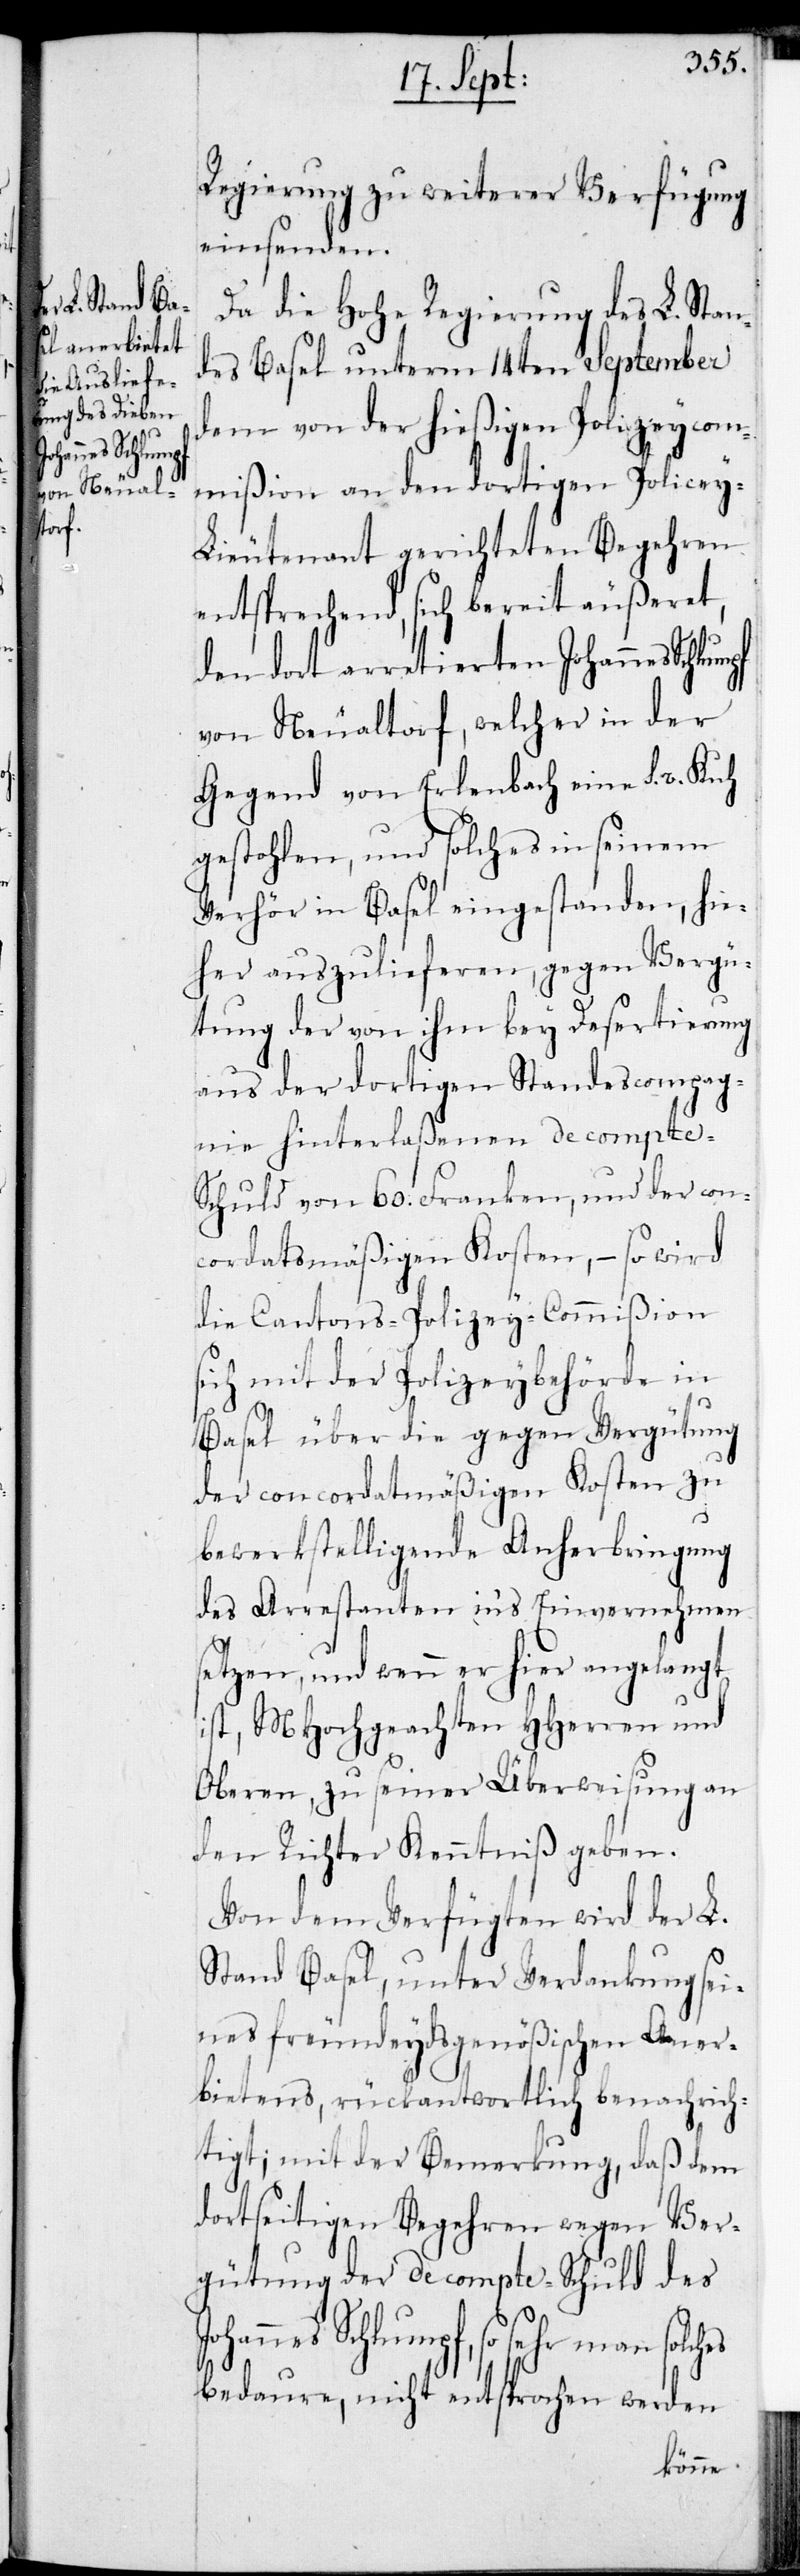
es

Regierung zu weiterer Verfügung
einsenden.
Da die Hohe Regierung des L. Stan¬
des Basel unterm 14ten September
dem von der hießigen Polizeycom¬
mißion an den dortigen Policey-L¬
ieutenant gerichteten Begehren
entsprechend, sich bereit äußeret,
den dort arretierten Johannes Schlumpf
von Neualtorf, welcher in der
Gegend von Erlenbach eine s. r. Kuh
gestohlen, und solches in seinem
Verhör in Basel eingestanden, hie¬
her auszulieferen, gegen Vergü¬
tung der von ihm bey Desertierung
aus der dortigen Standescompag¬
nie hinterlaßenen de compte-S¬
chuld von 60. Franken, und der con¬
cordatsmäßigen Kosten, – so wird
die Cantons-Polizey-Commißion
sich mit der Polizeybehörde in
Basel über die gegen Vergütung
der concordatsmäßigen Kosten zu
bewerkstelligende Anherbringung
des Arrestanten in’s Einvernehmen
setzen, und wenn er hier angelangt
ist, MHochgeachten HHerren und
Oberen, zu seiner Überweisung an
den Richter Kenntniß geben.
Von dem Verfügten wird der L.
Stand Basel, unter Verdankung sei¬
nes freundeydsgenößischen Aner¬
bietens, rückantwortlich benachrich¬
tigt; mit der Bemerkung, daß dem
dortseitigen Begehren wegen Ver¬
gütung der de compte-Schuld des
Johannes Schlumpf, so sehr man solch¬
bedaure, nicht entsprochen werden